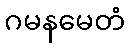
ဂမနမေတံ